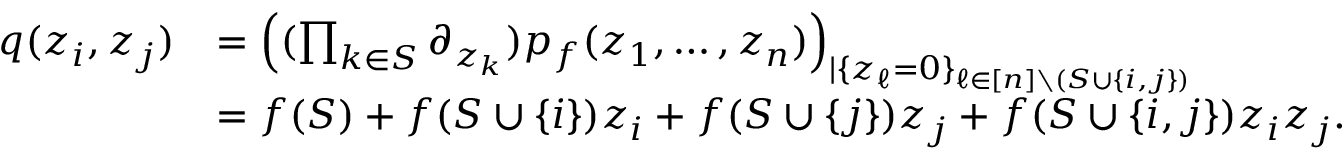
\begin{array} { r l } { q ( z _ { i } , z _ { j } ) } & { = \left( ( \prod _ { k \in S } \partial _ { z _ { k } } ) p _ { f } ( z _ { 1 } , \dots , z _ { n } ) \right) _ { | \{ z _ { \ell } = 0 \} _ { \ell \in [ n ] \setminus ( S \cup \{ i , j \} ) } } } \\ & { = f ( S ) + f ( S \cup \{ i \} ) z _ { i } + f ( S \cup \{ j \} ) z _ { j } + f ( S \cup \{ i , j \} ) z _ { i } z _ { j } . } \end{array}